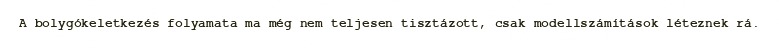
A bolygókeletkezés folyamata ma még nem teljesen tisztázott, csak modellszámítások léteznek rá.